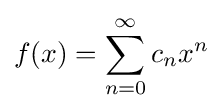
f(x)=\sum _{n=0}^{\infty }c_{n}x^{n}